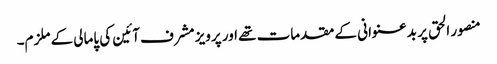
منصور الحق پر بدعنوانی کے مقدمات تھے اور پرویز مشرف آئین کی پامالی کے ملزم۔